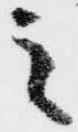
之